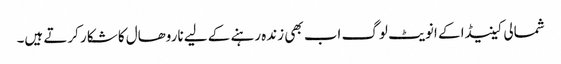
شمالی کینیڈا کے انویٹ لوگ اب بھی زندہ رہنے کے لیے ناروھال کا شکار کرتے ہیں۔